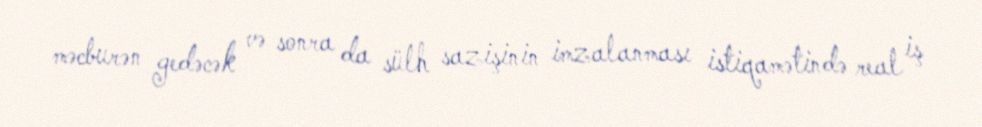
məcburən gedəcək və sonra da sülh sazişinin imzalanması istiqamətində real iş